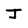
Character: J